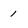
Character: 1